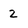
Character: 2